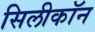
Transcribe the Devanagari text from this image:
सिलीकॉन